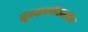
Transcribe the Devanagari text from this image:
सुक्ष्मअर्थशास्त्रीय